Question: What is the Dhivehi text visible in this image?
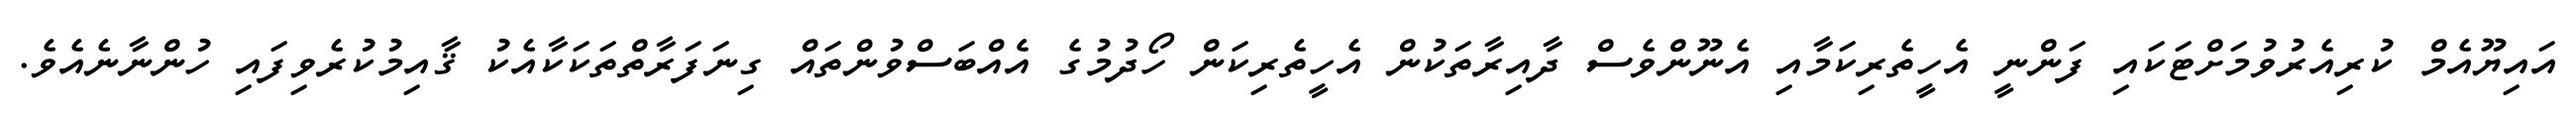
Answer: އައިޔޫއެމް ކުރިއެރުވުމަށްޓަކައި ފަންނީ އެހީތެރިކަމާއި އެނޫންވެސް ދާއިރާތަކުން އެހީތެރިކަން ހޯދުމުގެ އެއްބަސްވުންތައް ގިނަފަރާތްތަކަކާއެކު ޤާއިމުކުރެވިފައި ހުންނާނެއެވެ.